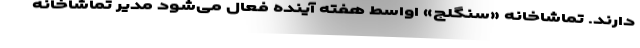
دارند. تماشاخانه «سنگلج» اواسط هفته آینده فعال می‌شود مدیر تماشاخانه